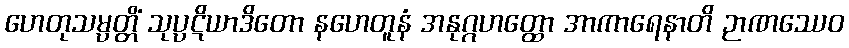
ဟေတုသမ္ပတ္တိံ သုပ္ပဋိယာဒိတော နဟေတူနံ အနုဂ္ဂဟတ္ထော အာကာရေနာတိ ဉာဏဿေဝ